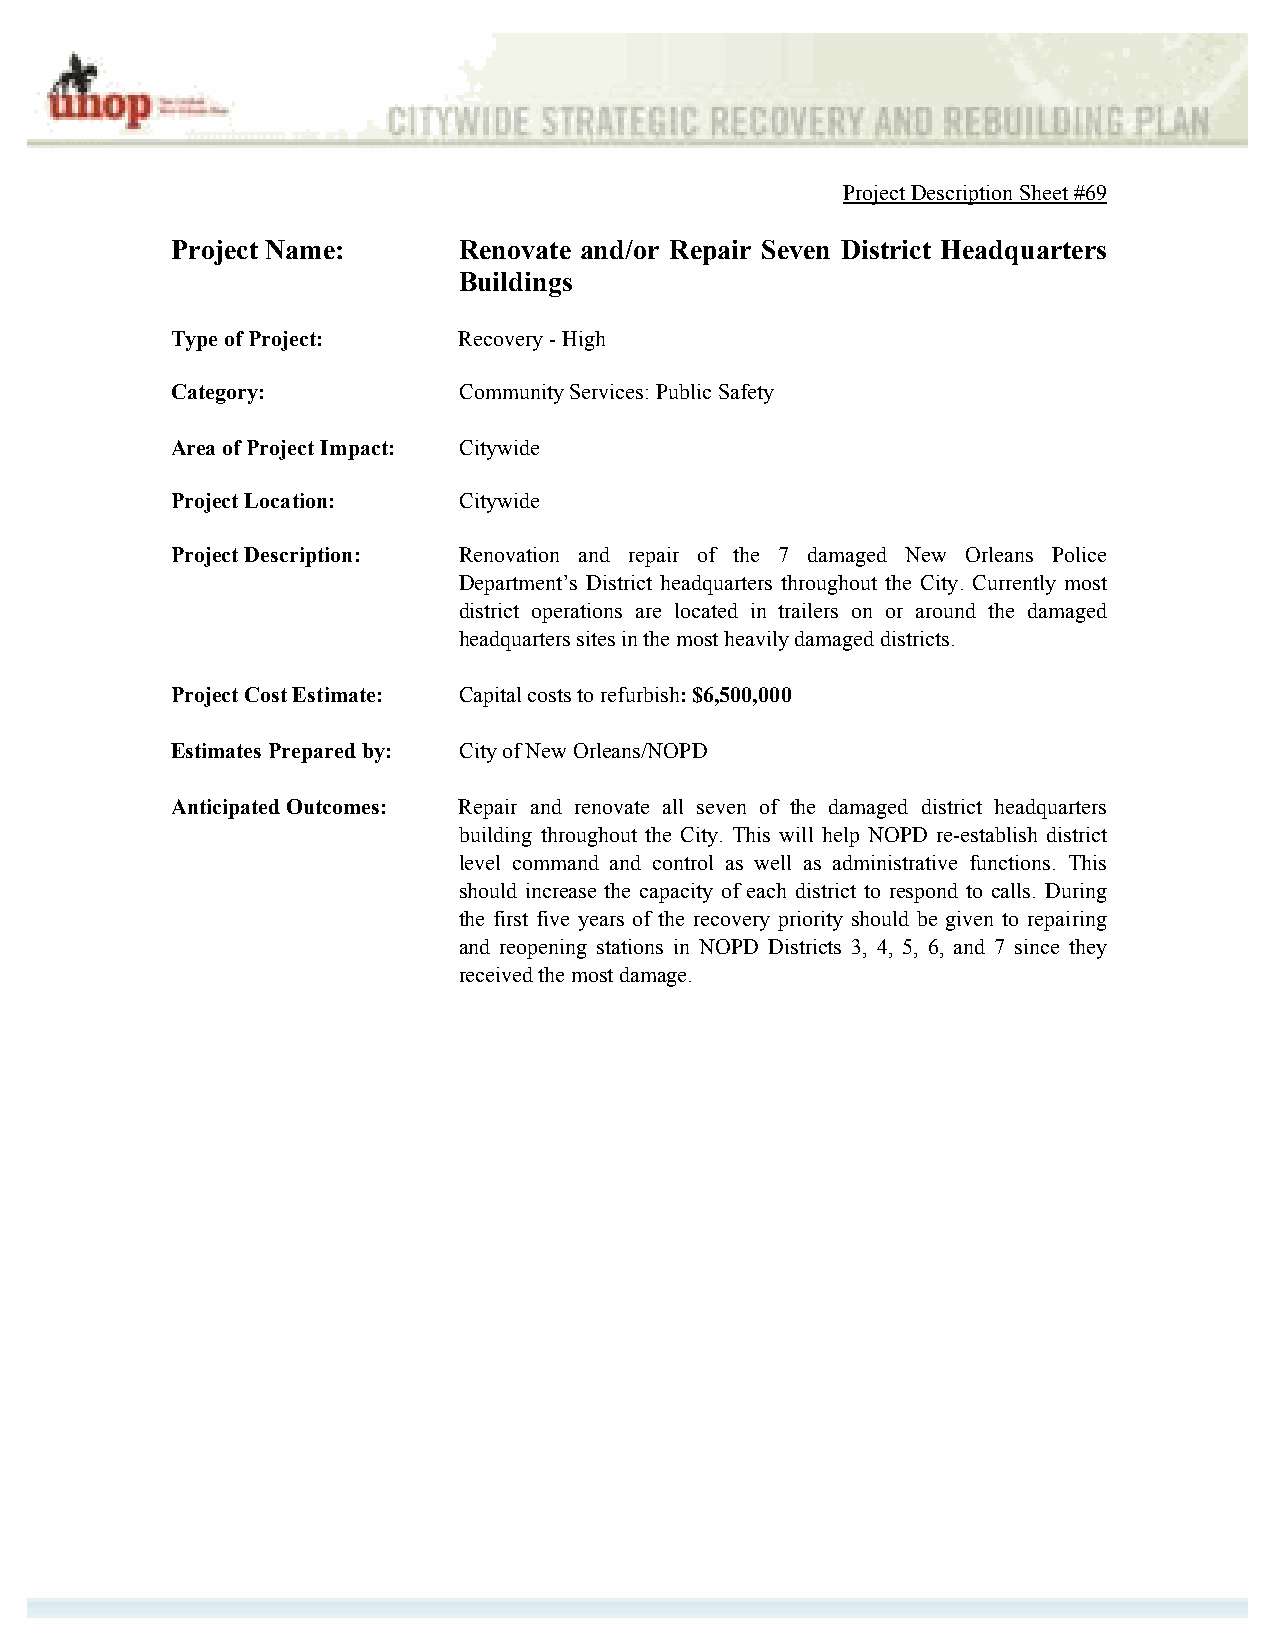
Project Description Sheet #69
 Project Name:      Renovate and/or Repair Seven District Headquarters
 Buildings
 Type of Project:   Recovery - High
 Category:          Community Services: Public Safety
 Area of Project Impact: Citywide
 Project Location:  Citywide
 Project Description: Renovation and repair of the 7 damaged New Orleans Police
 Department’s District headquarters throughout the City. Currently most
 district operations are located in trailers on or around the damaged
 headquarters sites in the most heavily damaged districts.
 Project Cost Estimate: Capital costs to refurbish: $6,500,000
 Estimates Prepared by: City of New Orleans/NOPD
 Anticipated Outcomes: Repair and renovate all seven of the damaged district headquarters
 building throughout the City. This will help NOPD re-establish district
 level command and control as well as administrative functions. This
 should increase the capacity of each district to respond to calls. During
 the first five years of the recovery priority should be given to repairing
 and reopening stations in NOPD Districts 3, 4, 5, 6, and 7 since they
 received the most damage.